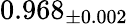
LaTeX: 0.968_{\pm 0.002}